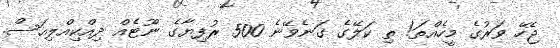
ޖެހޭ ވަރުގެ މީހެއްތަ! ތި ކަލޭގެ ގަނެވޭނެ 500 ރުފިޔާގެ ނޫޓެއް ދިއްކިއްލިއަސް.